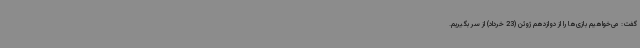
گفت: می‌خواهیم بازی‌ها را از دوازدهم ژوئن (23 خرداد) از سر بگیریم.